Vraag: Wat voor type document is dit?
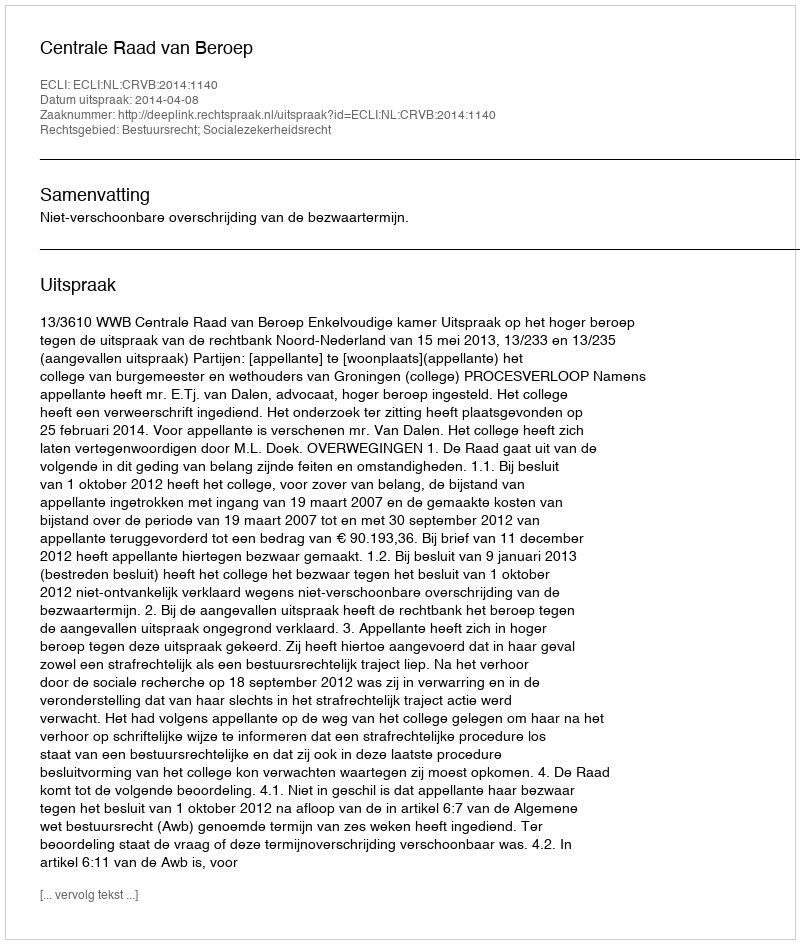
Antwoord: Uitspraak